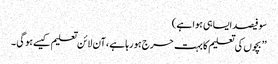
سو فیصد ایسا ہی ہوا ہے )
’’ بچوں کی تعلیم کا بہت حرج ہو رہا ہے ، آن لائن تعلیم کیسے ہو گی ۔